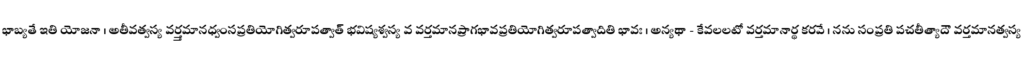
భాబ్యతే ఇతి యోజనా । అతీవత్వస్య వర్త్తమానధ్వంసప్రతియోగిత్వరూపత్వాత్ భవిష్యశ్వస్య వ వర్తమానప్రాగభావప్రతియోగిత్వరూపత్వాదితి భావః । అన్యథా - కేవలలటో వర్తమానార్థ కరవే । నను సంప్రతి పచతీత్యాదౌ వర్తమానత్వస్య